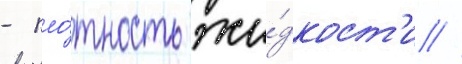
- пло́тность жи́дкост'и //